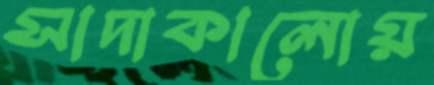
সাদাকালোয়